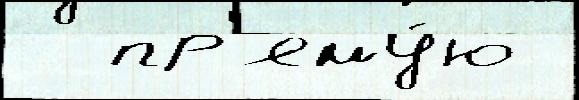
  пр'яму́ю